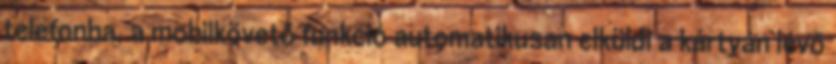
telefonba, a mobilkövető funkció automatikusan elküldi a kártyán lévő